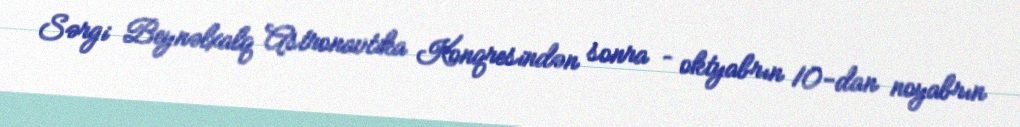
Sərgi Beynəlxalq Astronavtika Konqresindən sonra – oktyabrın 10-dan noyabrın